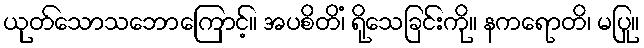
ယုတ်သောသဘောကြောင့်။ အပစိတိံ၊ ရိုသေခြင်းကို။ နကရောတိ၊ မပြု။